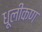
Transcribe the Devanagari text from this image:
धूलीकण